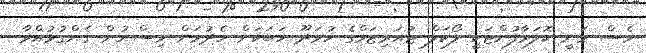
ވެސް ވަނީ ކޮލަމާފުށްޓަކީ ލޯކަލް ޓުއަރިޒަމްގެ ހުވަދޫ ހަބަކަށް ހެދުމަށް ވިސްނުން ގެންގުޅުއްވާ